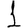
Digit: 1